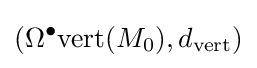
(\Omega ^{\bullet }{\operatorname {vert} }(M_{0}),d_{\operatorname {vert} })